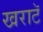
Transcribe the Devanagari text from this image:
खराटॅ